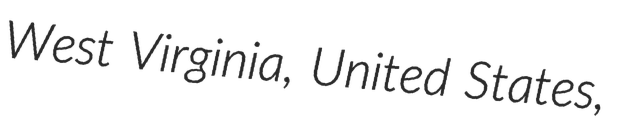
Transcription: West Virginia, United States,